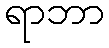
ရာဘာ